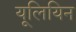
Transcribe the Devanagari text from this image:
यूलियिन